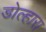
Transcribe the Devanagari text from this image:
डोल्हारा